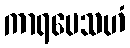
ကာရပေသဟံ